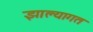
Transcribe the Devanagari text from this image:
झाल्यागत